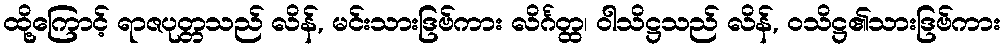
ထို့ကြောင့် ရာဇပုတ္တသည် လိန်, မင်းသားဒြဗ်ကား လိင်္ဂတ္ထ၊ ဝါသိဋ္ဌသည် လိန်, ဝသိဋ္ဌ၏သားဒြဗ်ကား